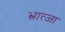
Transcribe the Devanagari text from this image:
भ्रात्जा